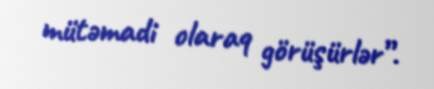
mütəmadi olaraq görüşürlər”.